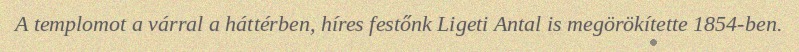
A templomot a várral a háttérben, híres festőnk Ligeti Antal is megörökítette 1854-ben.